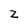
Character: z